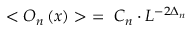
< O _ { n } \left( x \right) > ~ = ~ C _ { n } \cdot { L ^ { - 2 \Delta _ { n } } }